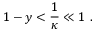
{ 1 - y } < { \frac { 1 } { \kappa } } \ll 1 \ .